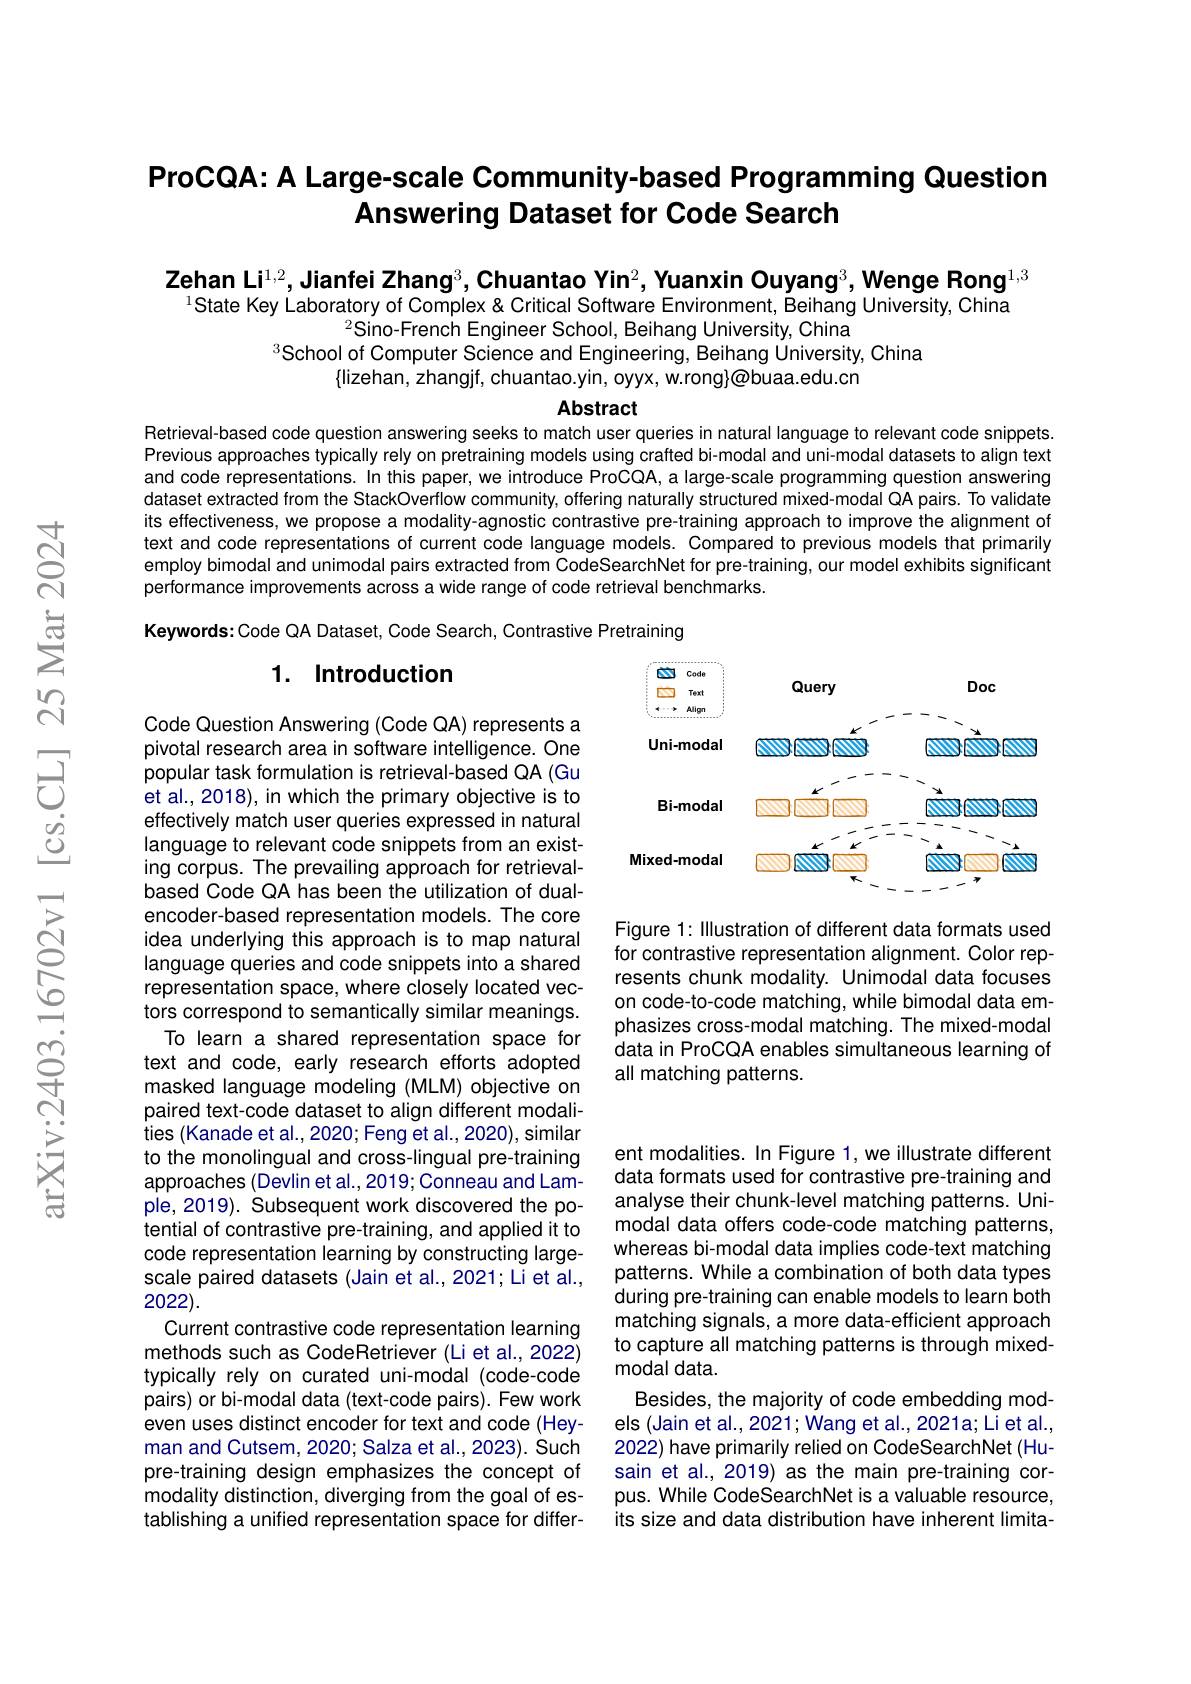
# ProCQA: A Large-scale Community-based Programming Question Answering Dataset for Code Search

Zehan Li$^1,2$,Jianfei Zhang$^3$,Chuantao Yin$^2$, Yuanxin Ouyang$^3$,Wenge Rong$^1,3$
State Key Laboratory of Complex & Critical Software Environment, Beihang University, China
$^{2}$Sino-French Engineer School, Beihang University, China
School of Computer Science and Engineering, Beihang Úniversity, China
$\{$lizehan, zhangjf, chuantao.yin, oyyx, w.rong}@buaa.edu.cn

## Abstract Retrieval-based code question answering seeks to match user queries in natural language to relevant code snippets.

Previous approaches typically rely on pretraining models using crafted bi-modal and uni-modal datasets to align text and code representations. In this paper, we introduce ProCQA, a large-scale programming question answering dataset extracted from the StackOverflow community, offering naturally structured mixed-modal QA pairs. To validate its effectiveness, we propose a modality-agnostic contrastive pre-training approach to improve the alignment of text and code representations of current code language models. Compared to previous models that primarily employ bimodal and unimodal pairs extracted from CodeSearchNet for pre-training, our model exhibits significant performance improvements across a wide range of code retrieval benchmarks.

Keywords: Code QA Dataset, Code Search, Contrastive Pretraining

### 1. Introduction

<FigureHere>

Figure 1: Illustration of different data formats used for contrastive representation alignment. Color represents chunk modality. Unimodal data focuses on code-to-code matching, while bimodal data emphasizes cross-modal matching. The mixed-modal data in ProCQA enables simultaneous learning of all matching patterns.

Code Question Answering (Code QA) represents a pivotal research area in software intelligence. One popular task formulation is retrieval-based QA (Gu et al., 2018), in which the primary objective is to effectively match user queries expressed in natural language to relevant code snippets from an existing corpus. The prevailing approach for retrievalbased Code QA has been the utilization of dualencoder-based representation models. The core idea underlying this approach is to map natural language queries and code snippets into a shared representation space, where closely located vectors correspond to semantically similar meanings.
To learn a shared representation space for text and code, early research efforts adopted masked language modeling (MLM) objective on paired text-code dataset to align different modalities (Kanade et al., 2020; Feng et al., 2020), similar to the monolingual and cross-lingual pre-training approaches (Devlin et al., 2019; Conneau and Lample, 2019). Subsequent work discovered the potential of contrastive pre-training, and applied it to code representation learning by constructing largescale paired datasets (Jain et al.,2021; Li et al., 2022).
Current contrastive code representation learning methods such as CodeRetriever (Li et al., 2022) typically rely on curated uni-modal (code-code pairs) or bi-modal data (text-code pairs). Few work even uses distinct encoder for text and code (Heyman and Cutsem, 2020; Salza et al., 2023). Such pre-training design emphasizes the concept of modality distinction, diverging from the goal of establishing a unified representation space for differ-

ent modalities. In Figure 1, we illustrate different data formats used for contrastive pre-training and analyse their chunk-level matching patterns. Unimodal data offers code-code matching patterns, whereas bi-modal data implies code-text matching patterns. While a combination of both data types during pre-training can enable models to learn both matching signals, a more data-efficient approach to capture all matching patterns is through mixedmodal data.
Besides, the majority of code embedding models (Jain et al., 2021; Wang et al., 2021a; Li et al., 2022) have primarily relied on CodeSearchNet (Husain et al., 2019) as the main pre-training corpus. While CodeSearchNet is a valuable resource, its size and data distribution have inherent limita-